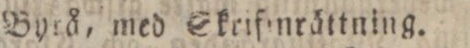
Byrå, med Skrifmrättning.